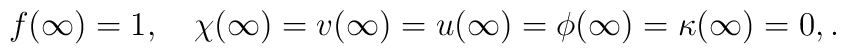
f(\infty)=1,\quad \chi(\infty)=v(\infty)=u(\infty)=\phi(\infty)=\kappa(\infty)= 0,.